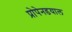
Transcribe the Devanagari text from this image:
प्रोपेनडयाल